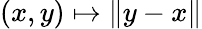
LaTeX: (x,y)\mapsto\| y-x\|